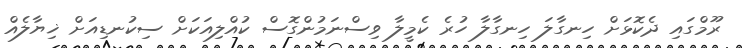
ރޫމްގައި ދެކޮޅަށް ހިނގާލަ ހިނގާލާ ހުރެ ކެމީލާ ވިސްނަމުންގޮސް ކުއްލިއަކަށް ސިކުނޑިއަށް ޚިޔާލެއް